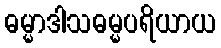
ဓမ္မာဒါသဓမ္မပရိယာယ